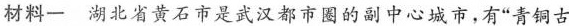
材料一 湖北省黄石市是武汉都市圈的副中心城市，有”青铜古